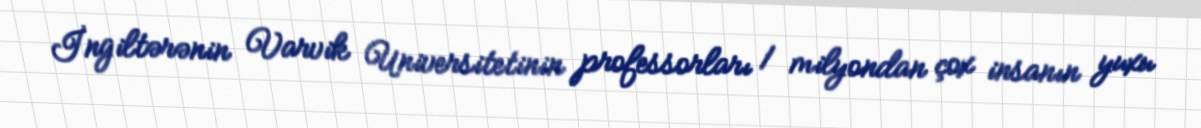
İngiltərənin Varvik Universitetinin professorları 1 milyondan çox insanın yuxu